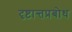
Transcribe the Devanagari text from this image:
दृष्टान्तप्रबोध